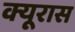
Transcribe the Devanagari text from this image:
क्यूरास